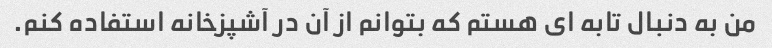
من به دنبال تابه ای هستم که بتوانم از آن در آشپزخانه استفاده کنم.